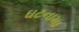
ઘટનામા